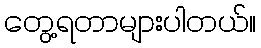
တွေ့ရတာများပါတယ်။